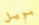
بويل